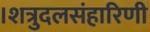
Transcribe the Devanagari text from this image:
।शत्रुदलसंहारिणी